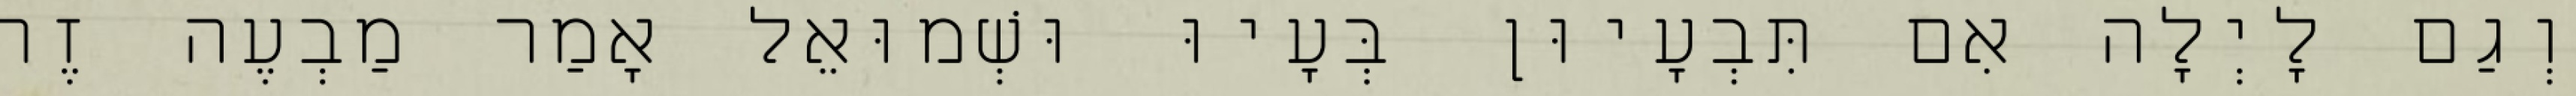
וְגַם לָיְלָה אִם תִּבְעָיוּן בְּעָיוּ וּשְׁמוּאֵל אָמַר מַבְעֶה זֶה